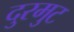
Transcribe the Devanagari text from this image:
दुरमुट